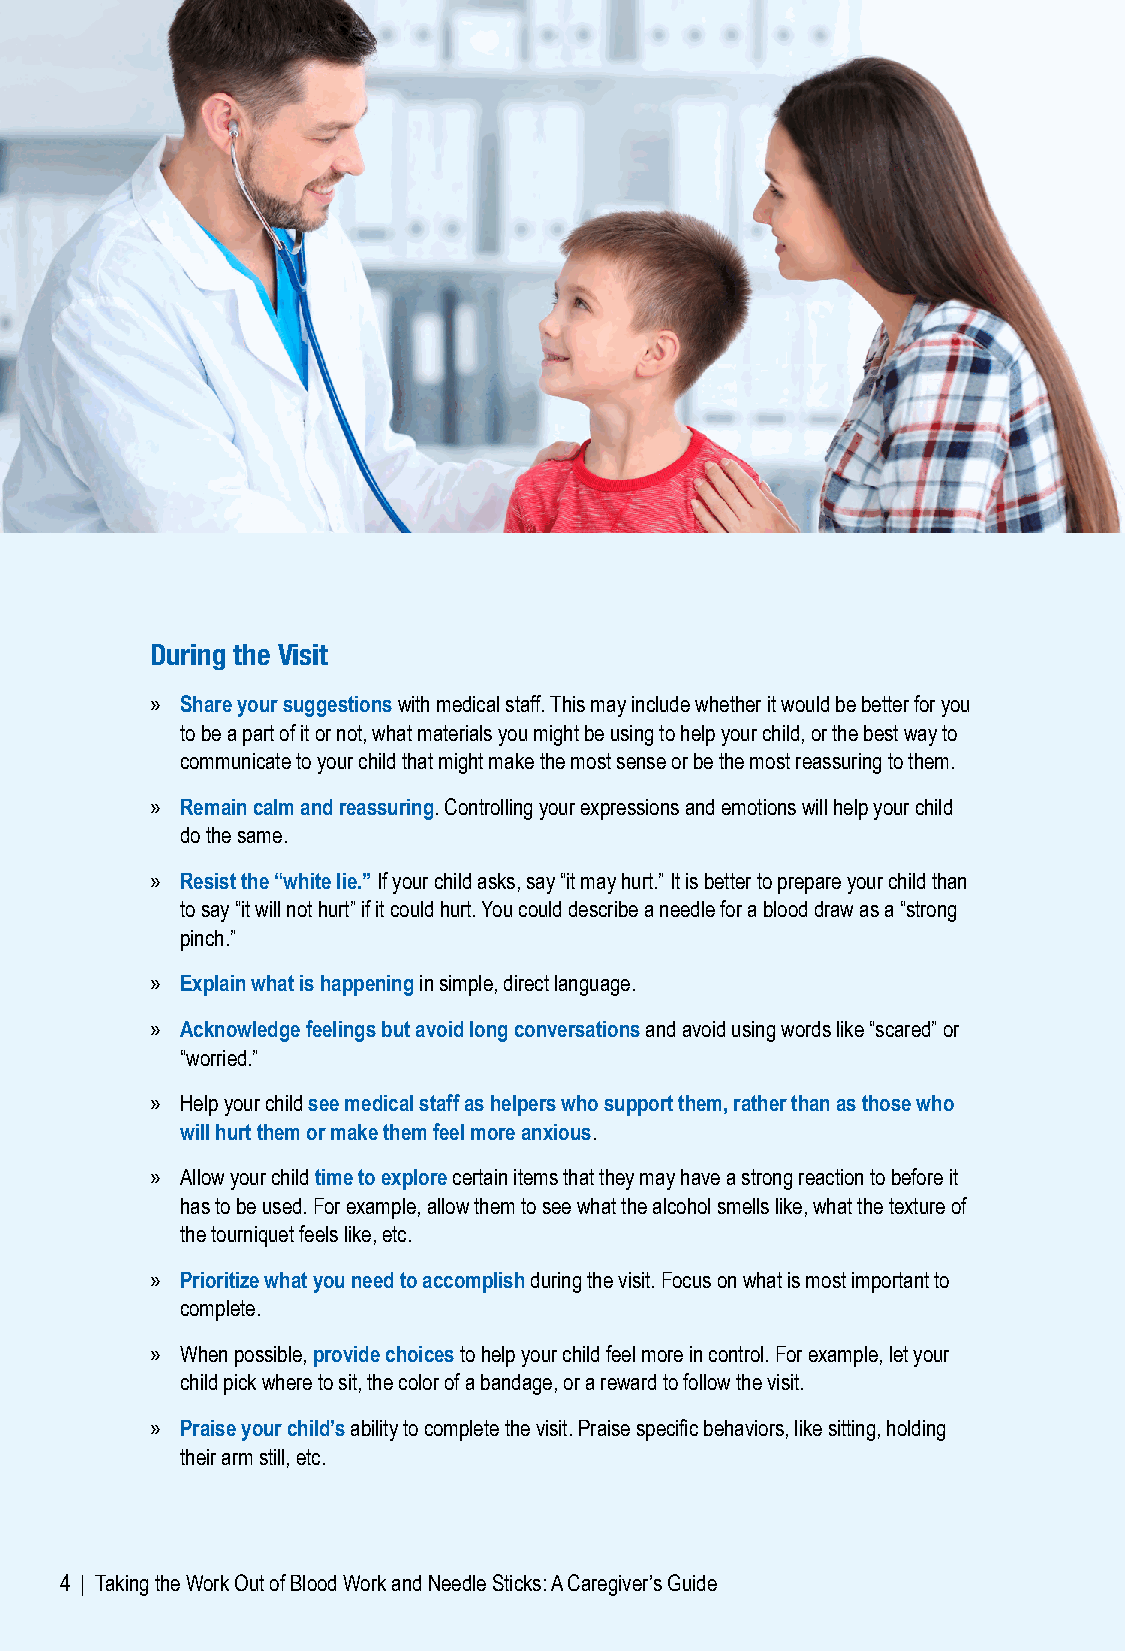
During the Visit
 » Share your suggestions with medical staff. This may include whether it would be better for you
 to be a part of it or not, what materials you might be using to help your child, or the best way to
 communicate to your child that might make the most sense or be the most reassuring to them.
 » Remain calm and reassuring. Controlling your expressions and emotions will help your child
 do the same.
 » Resist the “white lie.” If your child asks, say “it may hurt.” It is better to prepare your child than
 to say “it will not hurt” if it could hurt. You could describe a needle for a blood draw as a “strong
 pinch.”
 » Explain what is happening in simple, direct language.
 » Acknowledge feelings but avoid long conversations and avoid using words like “scared” or
 “worried.”
 » Help your child see medical staff as helpers who support them, rather than as those who
 will hurt them or make them feel more anxious.
 » Allow your child time to explore certain items that they may have a strong reaction to before it
 has to be used. For example, allow them to see what the alcohol smells like, what the texture of
 the tourniquet feels like, etc.
 » Prioritize what you need to accomplish during the visit. Focus on what is most important to
 complete.
 » When possible, provide choices to help your child feel more in control. For example, let your
 child pick where to sit, the color of a bandage, or a reward to follow the visit.
 » Praise your child’s ability to complete the visit. Praise specific behaviors, like sitting, holding
 their arm still, etc.
 4 | Taking the Work Out of Blood Work and Needle Sticks: A Caregiver’s Guide